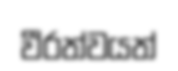
වීරත්වයත්